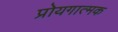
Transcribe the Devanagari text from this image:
प्रोयगात्मक